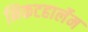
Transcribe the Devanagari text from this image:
निकटहार्लेम